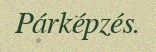
Párképzés.